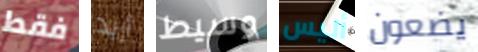
فقط أريد وسيط أليس يضعون